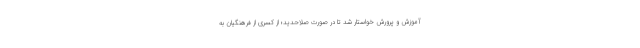
آموزش و پرورش خواستار شد تا در صورت صلاحدید؛ از کسری از فرهنگیان به